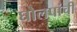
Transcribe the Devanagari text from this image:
घोलपांची